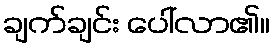
ချက်ချင်း ပေါ်လာ၏။